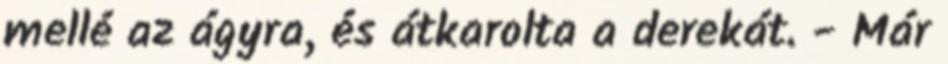
mellé az ágyra, és átkarolta a derekát. - Már